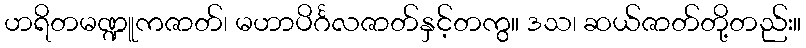
ဟရိတမဏ္ဍူကဇာတ်၊ မဟာပိင်္ဂလဇာတ်နှင့်တကွ။ ဒသ၊ ဆယ်ဇာတ်တို့တည်း။